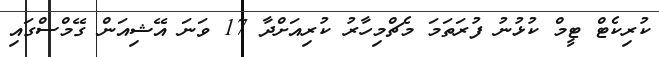
ކުރިކެޓް ޓީމް ކުޅުނު ފުރަތަމަ މެޗްމިހާރު ކުރިއަށްދާ 17 ވަނަ އޭޝިއަން ގޭމްސްގައި